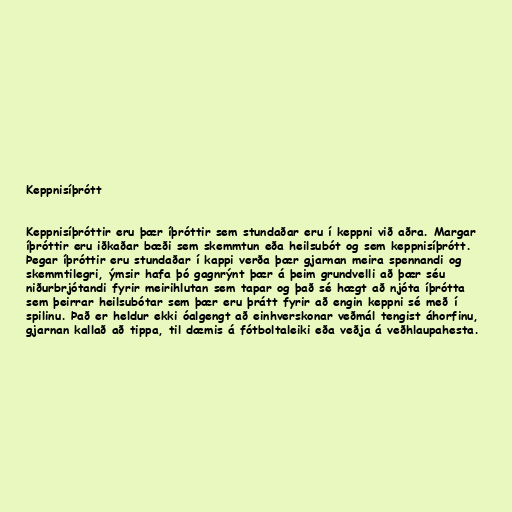
Keppnisíþrótt

Keppnisíþróttir eru þær íþróttir sem stundaðar eru í keppni við aðra. Margar
íþróttir eru iðkaðar bæði sem skemmtun eða heilsubót og sem keppnisíþrótt.
Þegar íþróttir eru stundaðar í kappi verða þær gjarnan meira spennandi og
skemmtilegri, ýmsir hafa þó gagnrýnt þær á þeim grundvelli að þær séu
niðurbrjótandi fyrir meirihlutan sem tapar og það sé hægt að njóta íþrótta
sem þeirrar heilsubótar sem þær eru þrátt fyrir að engin keppni sé með í
spilinu. Það er heldur ekki óalgengt að einhverskonar veðmál tengist áhorfinu,
gjarnan kallað að tippa, til dæmis á fótboltaleiki eða veðja á veðhlaupahesta.